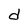
Character: d